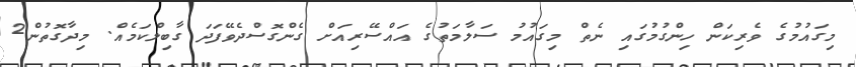
މިގައުމުގެ ވެރިކަން ހިންގުމުގައި ނެތް މިގައުމު ސަލާމަތުގެ އައްސޭރިއަށް ގެންގޮސްދެވޭފަދަ ގާބިލްކަމެއް. މިދާގޮތުން2